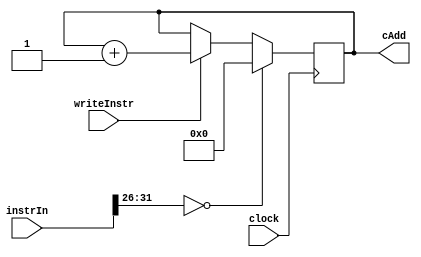
module instructionWriter( clock, writeInstr, instrIn ,cAdd );

	input writeInstr, clock;
	input [31:0] instrIn;
	output reg [31:0] cAdd;
	
	initial begin
		cAdd <= 0;
	end
	
	always@ ( negedge clock )
	begin
		case( instrIn[31:26] )
			6'b000000:
			begin
					cAdd <= 0;
			end
			default:
			begin
				if( writeInstr )
					cAdd <= cAdd + 1;
			end
			endcase
	end

endmodule